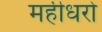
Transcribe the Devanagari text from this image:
महीधरो